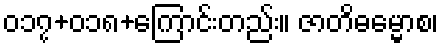
၀၁၇+၀၁၈+ကြောင်းတည်း။ ဇာတိဓမ္မောစ၊